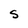
Character: S